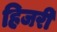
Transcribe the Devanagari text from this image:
हिजरी